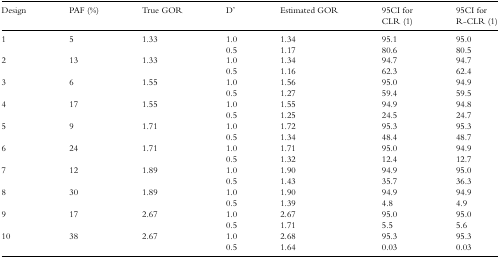
<table><thead><tr><td><b>Design</b></td><td><b>PAF (%)</b></td><td><b>True GOR</b></td><td><b>D&#x27;</b></td><td><b>Estimated GOR</b></td><td><b>95CI for CLR (1)</b></td><td><b>95CI for R-CLR (1)</b></td></tr></thead><tbody><tr><td>1</td><td>5</td><td>1.33</td><td>1.0</td><td>1.34</td><td>95.1</td><td>95.0</td></tr><tr><td></td><td></td><td></td><td>0.5</td><td>1.17</td><td>80.6</td><td>80.5</td></tr><tr><td>2</td><td>13</td><td>1.33</td><td>1.0</td><td>1.34</td><td>94.7</td><td>94.7</td></tr><tr><td></td><td></td><td></td><td>0.5</td><td>1.16</td><td>62.3</td><td>62.4</td></tr><tr><td>3</td><td>6</td><td>1.55</td><td>1.0</td><td>1.56</td><td>95.0</td><td>94.9</td></tr><tr><td></td><td></td><td></td><td>0.5</td><td>1.27</td><td>59.4</td><td>59.5</td></tr><tr><td>4</td><td>17</td><td>1.55</td><td>1.0</td><td>1.55</td><td>94.9</td><td>94.8</td></tr><tr><td></td><td></td><td></td><td>0.5</td><td>1.25</td><td>24.5</td><td>24.7</td></tr><tr><td>5</td><td>9</td><td>1.71</td><td>1.0</td><td>1.72</td><td>95.3</td><td>95.3</td></tr><tr><td></td><td></td><td></td><td>0.5</td><td>1.34</td><td>48.4</td><td>48.7</td></tr><tr><td>6</td><td>24</td><td>1.71</td><td>1.0</td><td>1.71</td><td>95.0</td><td>94.9</td></tr><tr><td></td><td></td><td></td><td>0.5</td><td>1.32</td><td>12.4</td><td>12.7</td></tr><tr><td>7</td><td>12</td><td>1.89</td><td>1.0</td><td>1.90</td><td>94.9</td><td>95.0</td></tr><tr><td></td><td></td><td></td><td>0.5</td><td>1.43</td><td>35.7</td><td>36.3</td></tr><tr><td>8</td><td>30</td><td>1.89</td><td>1.0</td><td>1.90</td><td>94.9</td><td>94.9</td></tr><tr><td></td><td></td><td></td><td>0.5</td><td>1.39</td><td>4.8</td><td>4.9</td></tr><tr><td>9</td><td>17</td><td>2.67</td><td>1.0</td><td>2.67</td><td>95.0</td><td>95.0</td></tr><tr><td></td><td></td><td></td><td>0.5</td><td>1.71</td><td>5.5</td><td>5.6</td></tr><tr><td>10</td><td>38</td><td>2.67</td><td>1.0</td><td>2.68</td><td>95.3</td><td>95.3</td></tr><tr><td></td><td></td><td></td><td>0.5</td><td>1.64</td><td>0.03</td><td>0.03</td></tr></tbody></table>